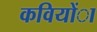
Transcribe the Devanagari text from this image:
कवियोंा